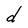
Character: d